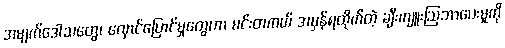
အမျက်ဒေါသတွေ၊ လှောင်ပြောင်မှုတွေဟာ မင်းတကယ် အမှန်ရထိုက်တဲ့ ချီးကျူးဩဘာပေးမှုကို